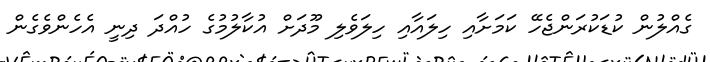
ގެއްލުން ކުޑަކުރަންޖެހޭ ކަމަށާއި ހިލައާއި ހިލަވެލި މޫދަށް އުކާލުމުގެ ހުއްދަ ދިނީ އެހެންވެގެން